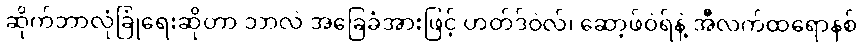
ဆိုက်ဘာလုံခြုံရေးဆိုတာ ဘာလဲ အခြေခံအားဖြင့် ဟတ်ဒ်ဝဲလ်၊ ဆော့ဖ်ဝဲရ်နဲ့ အီလက်ထရောနစ်